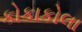
કોકાકોલા